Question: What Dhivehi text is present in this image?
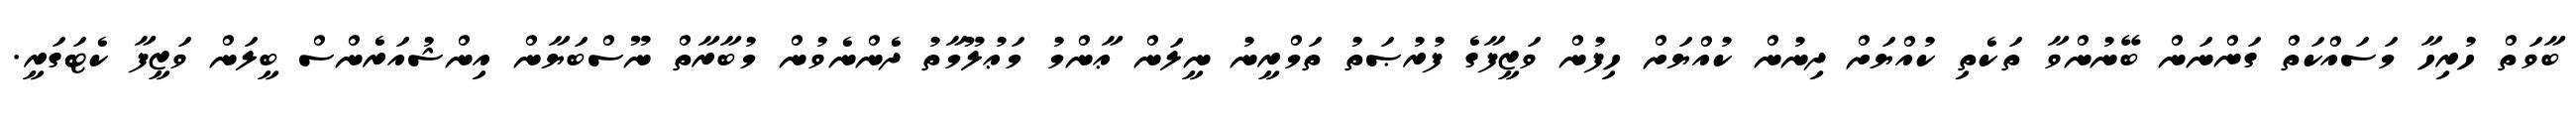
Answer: ބާވަތް ހުރިހާ މަސައްކަތް ގަންނަން ބޭނުންވާ ތަކެތި ކުއްޔަށް ދިނުން ކުއްޔަށް ހިފުން ވަޒީފާގެ ފުރުޞަތު ތަމްރީނު ނީލަން ޢާންމު މަޢުލޫމާތު ދެންނެވުން މުބާރާތް ނޫސްބަޔާން އިންޝުއަރެންސް ބީލަން ވަޒީފާ ކެޓަގަރީ.